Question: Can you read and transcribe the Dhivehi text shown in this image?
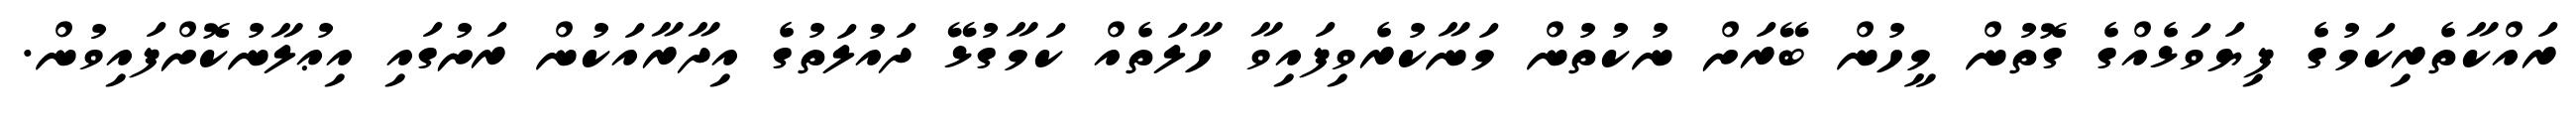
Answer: ރައްކާތެރިކަމުގެ ފިޔަވަޅެއްގެ ގޮތުން މީހުން ބޭރަށް ނުކުތުން މަނާކުރެވިފައިވާ ހާލަތެއް ކަމާގުޅޭ ދައުލަތުގެ އިދާރާއަކުން ރަށުގައި އިޢުލާނުކޮށްފައިވުން.